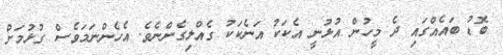
ބޮޑު ބައެއްގައި ދެ މީހުން އުޅުނީ އެކަކު އަނެކަކު ގެއްލިގެންނެވެ. އެހެންނަމަވެސް ގުޅުމަށް